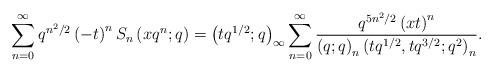
LaTeX: \begin{align*}\sum_{n=0}^{\infty}q^{n^{2}/2}\left(-t\right)^{n}S_{n}\left(xq^{n};q\right)=\left(tq^{1/2};q\right)_{\infty}\sum_{n=0}^{\infty}\frac{q^{5n^{2}/2}\left(xt\right)^{n}}{\left(q;q\right)_{n}\left(tq^{1/2},tq^{3/2};q^{2}\right)_{n}}.\end{align*}